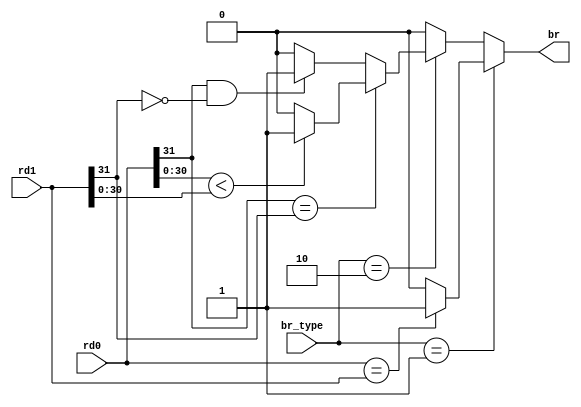
`timescale 1ns / 1ps

module Branch(
	input [31:0] rd0,rd1,
	input [1:0] br_type,
	output reg br
    );
    always @(*)
    begin
    	if (br_type == 1)//beq
    		if (rd0 == rd1)
    			br = 1;
    		else
    			br = 0;
    	else if (br_type == 2)//blt
    		if (rd0[31] == rd1[31])
    			if (rd0[30:0] < rd1[30:0])
    				br = 1;
    			else
    				br = 0;
   	    	else if (rd0[31] == 1 && rd1[31] == 0)
   	    			br = 1;
   	    		else 
   	    			br = 0;
    	else br = 0;
    end
endmodule